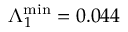
\Lambda _ { 1 } ^ { \mathrm { m i n } } = 0 . 0 4 4